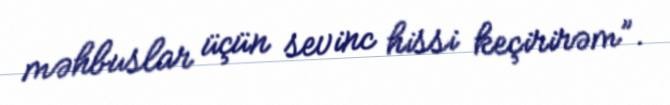
məhbuslar üçün sevinc hissi keçirirəm”.